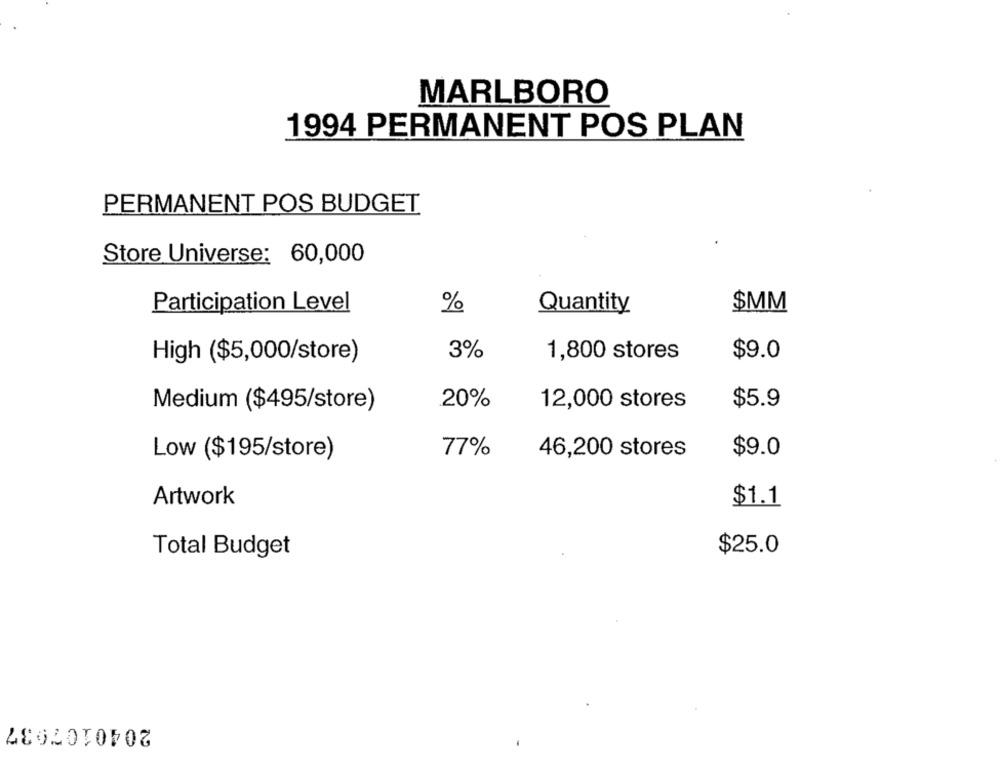
MARLBORO
1994 PERMANENT POS PLAN
PERMANENT POS BUDGET
Store Universe: 60,000
Participation Level
%
Quantity
$MM
3%
1,800 stores
$9.0
High ($5,000/store)
Medium ($495/store)
20%
12,000 stores
$5.9
Low ($195/store)
77%
46,200 stores
$9.0
Artwork
$1.1
Total Budget
$25.0
2040107937